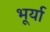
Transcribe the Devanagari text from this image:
भूर्या